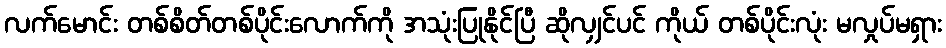
လက်မောင်း တစ်စိတ်တစ်ပိုင်းလောက်ကို အသုံးပြုနိုင်ပြီ ဆိုလျှင်ပင် ကိုယ် တစ်ပိုင်းလုံး မလှုပ်မရှား